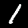
Label: 1